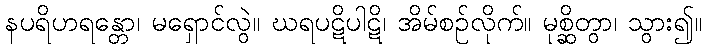
နပရိဟရန္တော၊ မရှောင်လွဲ။ ဃရပဋိပါဋိ၊ အိမ်စဉ်လိုက်။ မုစ္ဆိတွာ၊ သွား၍။